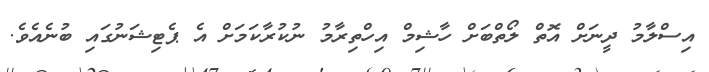
އިސްލާމު ދީނަށް އޮތް ލޯތްބަށް ހާޝިމް އިހްތިރާމު ނުކުރާކަމަށް އެ ޕެޓިޝަނުގައި ބުނެއެވެ.